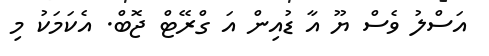
އަސްލު ވެސް ޔޫ އާ ޑުއިން އަ ގްރޭޓް ޖޮބް. އެކަމަކު މި